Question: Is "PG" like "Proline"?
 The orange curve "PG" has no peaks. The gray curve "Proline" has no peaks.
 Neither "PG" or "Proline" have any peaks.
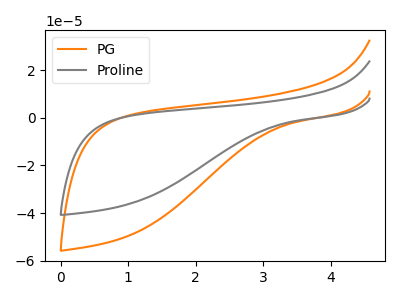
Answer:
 <answer>"PG" and "Proline" are similar in shape.</answer>
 <eval>same_shape</eval>